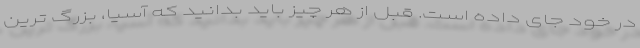
در خود جای داده است. قبل از هر چیز باید بدانید که آسیا، بزرگ ترین